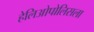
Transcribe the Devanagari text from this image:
हेलिओपोलिसला